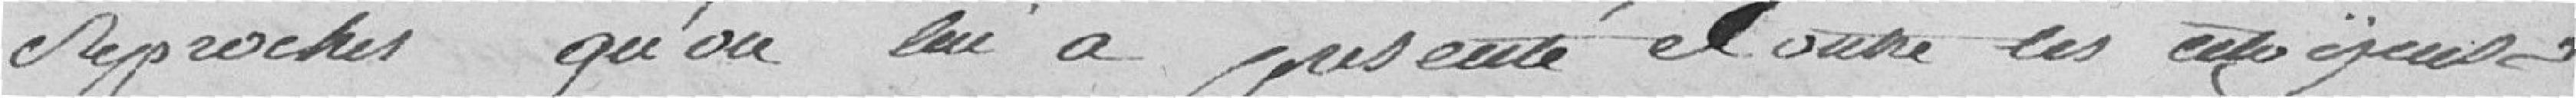
reproches qu'on lui a présenté contre les citoyens